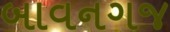
બાવનગજ